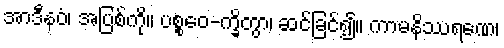
အာဒီနဝံ၊ အပြစ်ကို။ ပစ္စဝေ-က္ခိတွာ၊ ဆင်ခြင်၍။ ကာမနိဿရဏေ၊